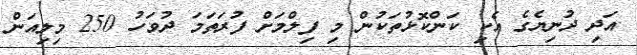
އަދި ދުނިޔެގެ އެކި ކަންކޮޅުތަކުން މި ފިލްމަށް ފުރަތަމަ ދުވަހު 250 މިލިއަން